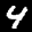
Label: 4